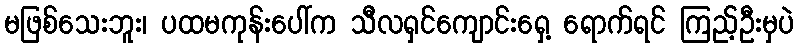
မဖြစ်သေးဘူး၊ ပထမကုန်းပေါ်က သီလရှင်ကျောင်းရှေ့ ရောက်ရင် ကြည့်ဦးမှပဲ